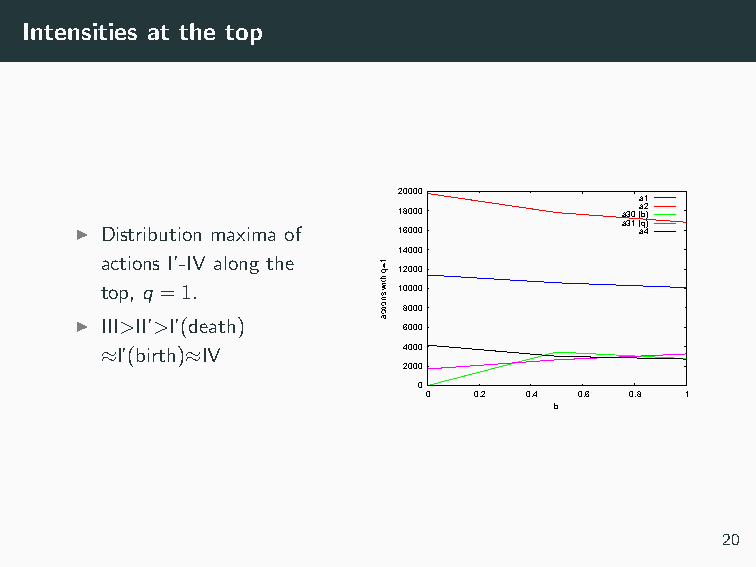
Intensities at the top
 20000
 a1
 18000          a30 (a b2 )
 ◮ Distribution maxima of 16000      a31 ( aq 4)
 14000
 actions I’-IV along the
 12000
 top, q =1.         10000
 8000
 ◮ III>II’>I’(death)   6000
 ≈I’(birth)≈IV       4000
 2000
 0
 0  0.2 0.4 0.6 0.8 1
 b
 20
 1=q
 htiw
 snoitca